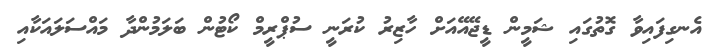
އެނގިފައިވާ ގޮތުގައި ޝަމީން ޑީޖޭއޭއަށް ހާޒިރު ކުރަނީ ސުޕްރީމް ކޯޓުން ބަލަމުންދާ މައްސަލައަކާއި